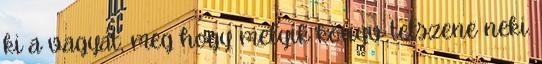
ki a vagyát, meg hogy melyik könyv tetszene neki.